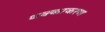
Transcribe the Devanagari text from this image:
थक्काकरण